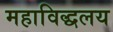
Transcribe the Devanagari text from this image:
महाविद्धलय